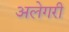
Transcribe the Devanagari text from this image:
अलेगरी